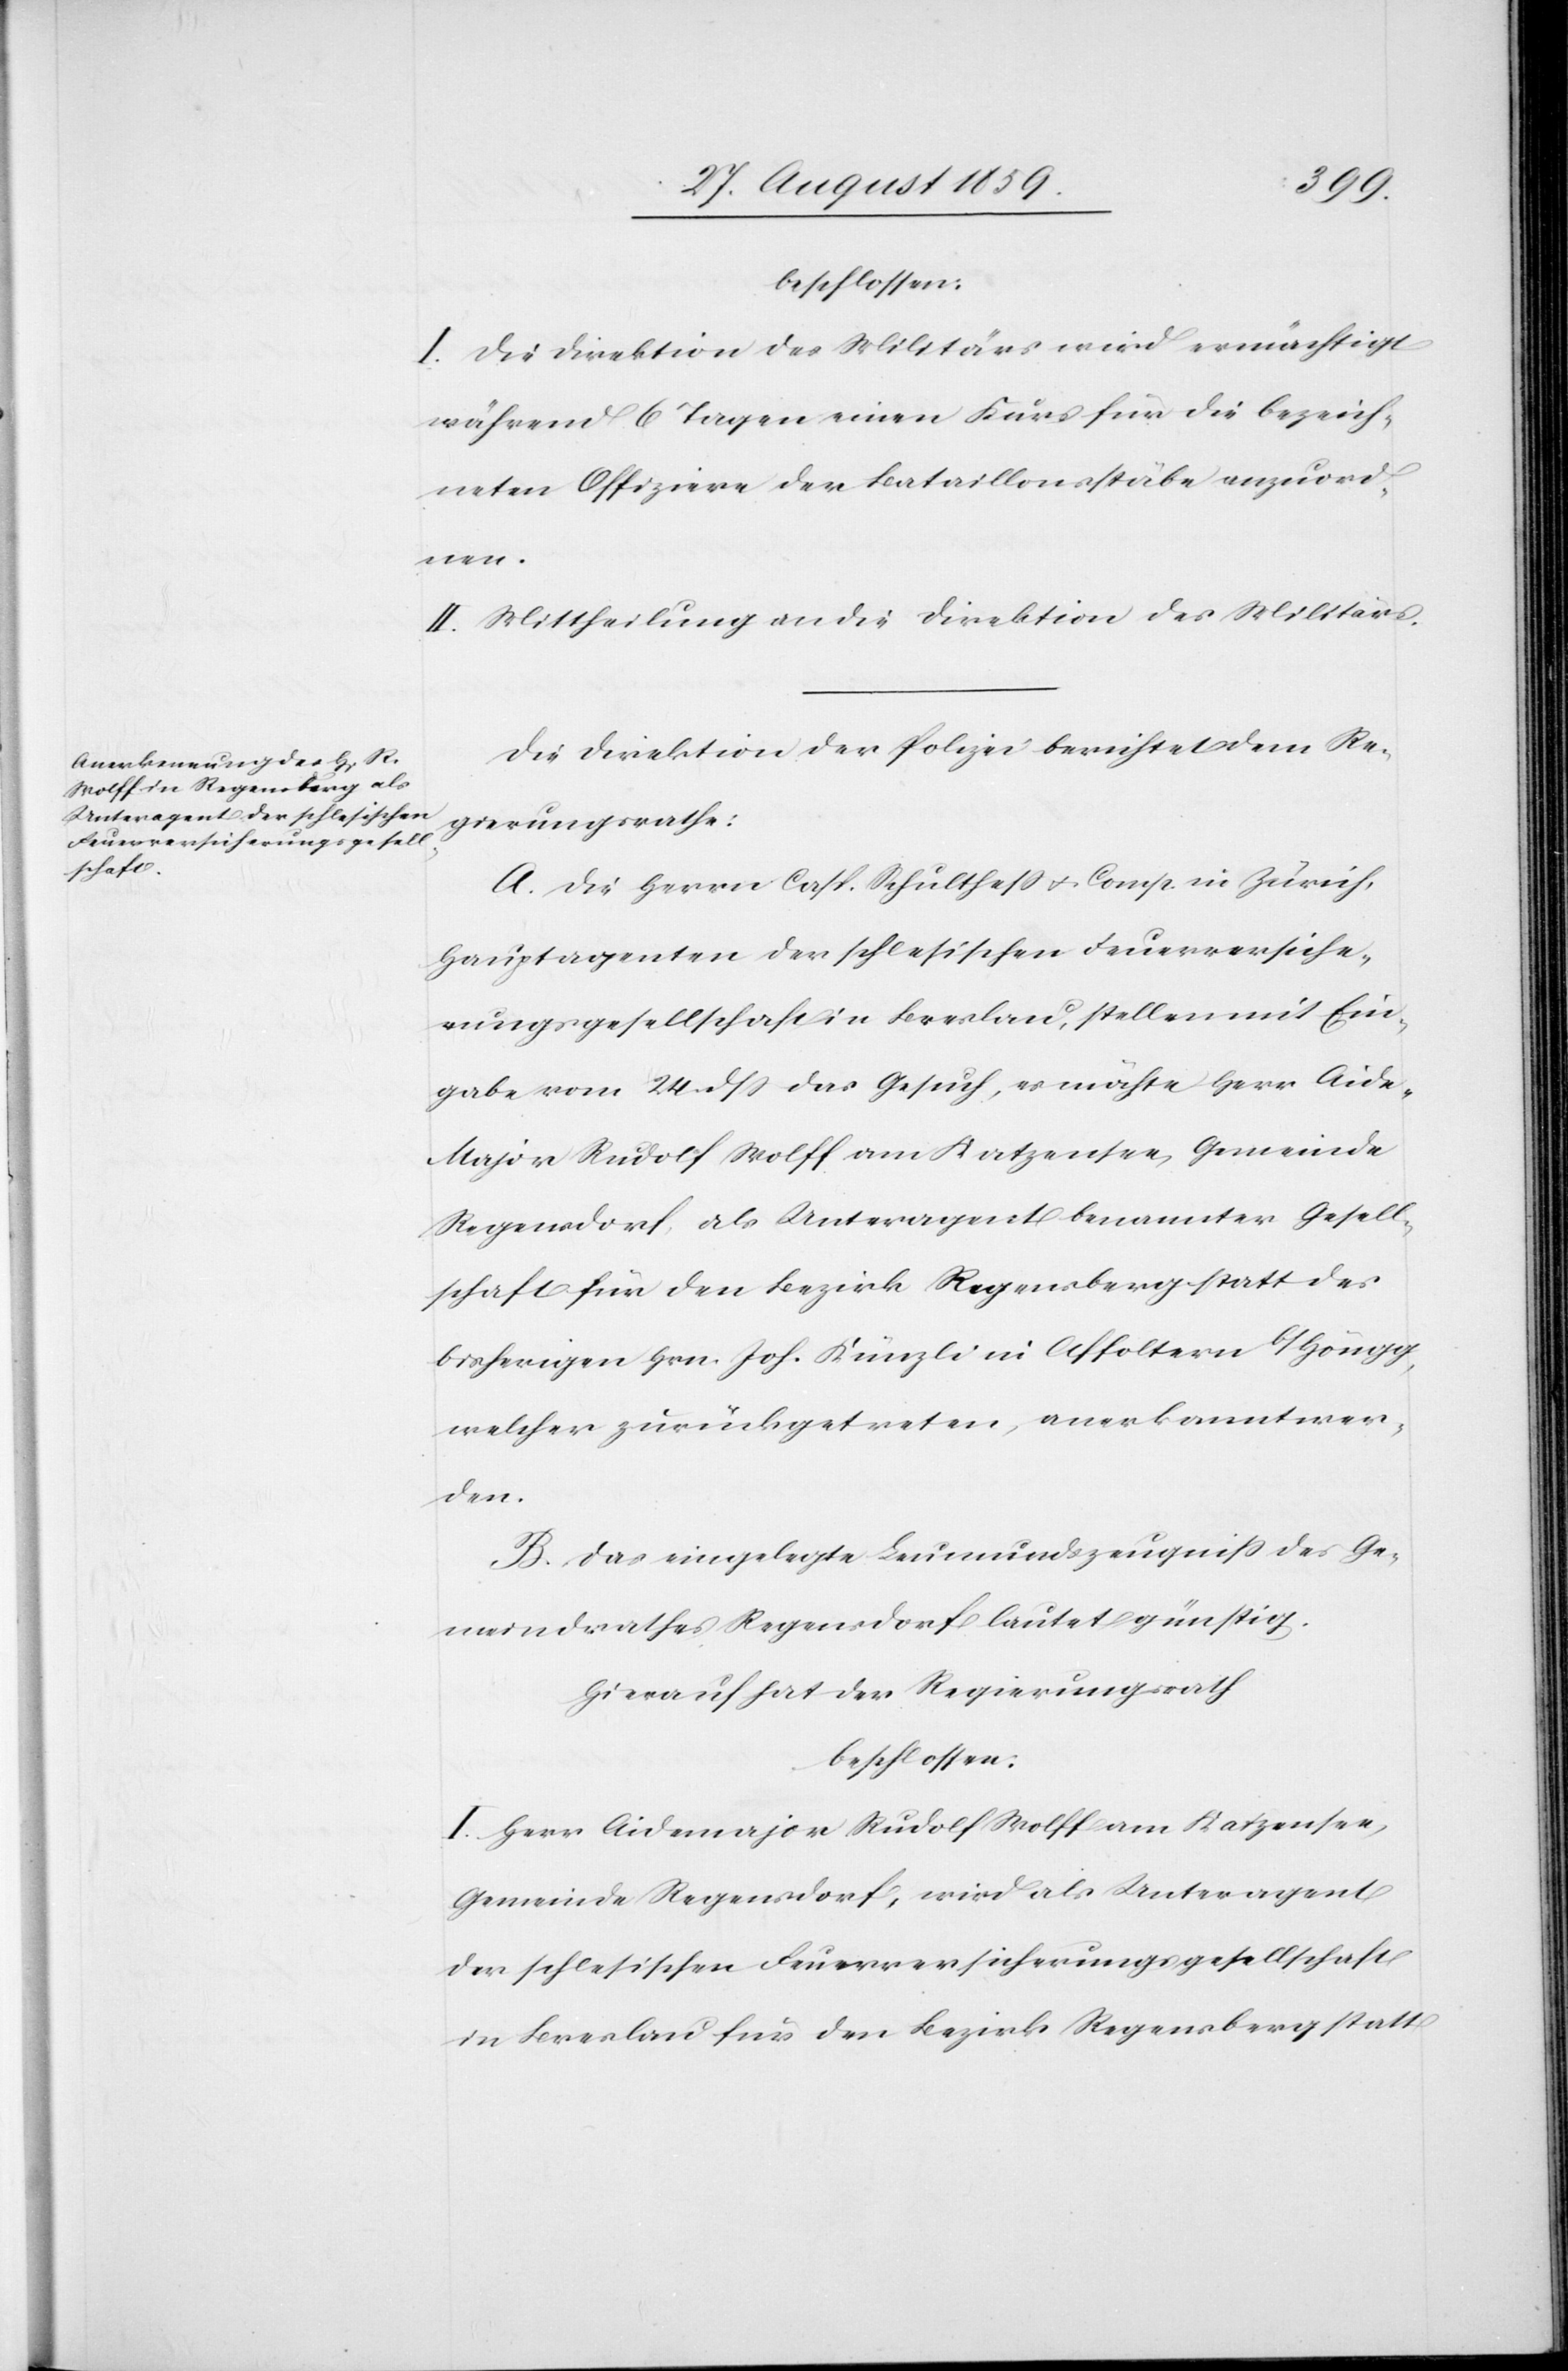
beschlossen:
I. Die Direktion des Militärs wird ermächtigt
während 6 Tagen einen Kurs für die bezeich¬
neten Offiziere der Bataillonsstäbe anzuord¬
nen.
II. Mittheilung an die Direktion des Militärs.
Die Direktion der Polizei berichtet dem Re¬
gierungsrathe:
A. Die Herrn [sic!] Casp. Schultheß & Comp. in Zürich,
Hauptagenten der schlesischen Feuerversiche¬
rungsgesellschaft in Breslau, stellen mit Ein¬
gabe vom 24. dß das Gesuch, es möchte Herr Aid¬
e-Major Rudolf Wolff am Katzensee, Gemeinde
Regensdorf als Unteragent benannter Gesell¬
schaft für den Bezirk Regensberg statt des
bisherigen Hrn. Joh. Künzli in Affoltern b/Höngg,
welcher zurückgetreten, anerkannt wer¬
den.
B. Das eingelegte Leumundszeugniß des Ge¬
meindrathes Regensdorf lautet günstig.
Hierauf hat der Regierungsrath,
beschlossen:
I. Herr Aidemajor Rudolf Wolff am Katzensee,
Gemeinde Regensdorf, wird als Unteragent
der schlesischen Feuerversicherungsgesellschaft
in Breslau für den Bezirk Regensberg statt